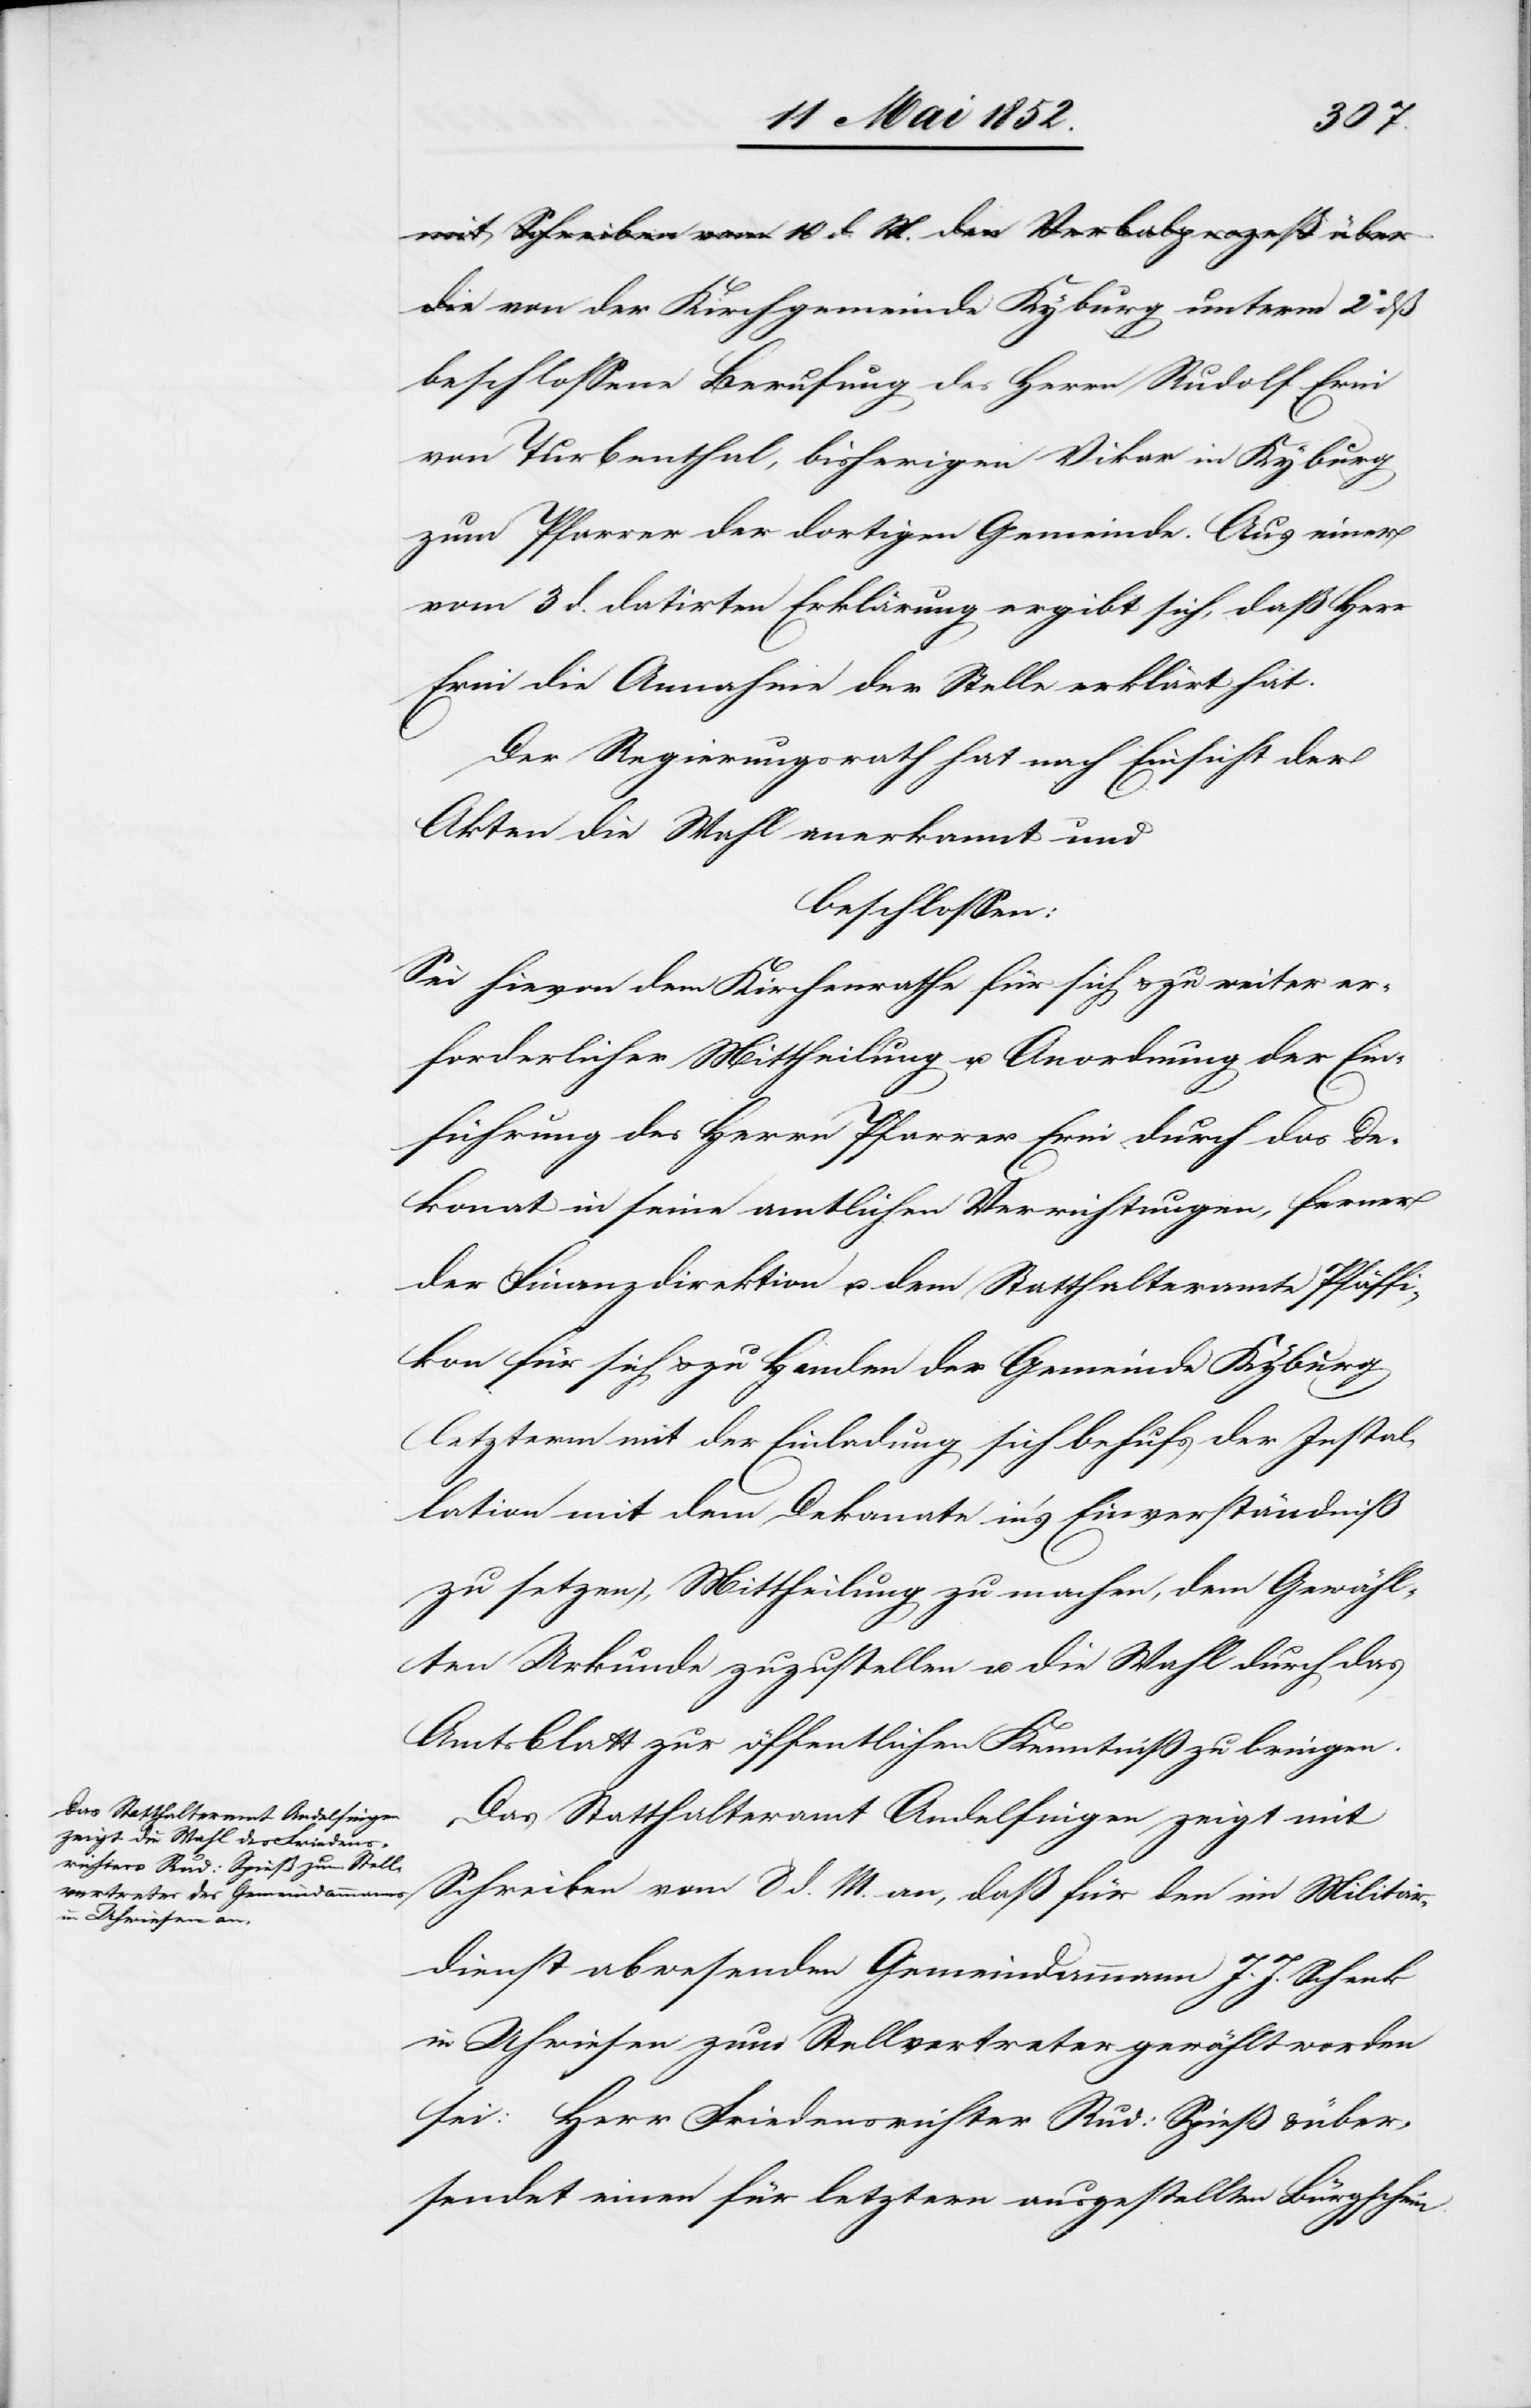
von der Kirchgemeinde Kyburg unterm 2 dß
beschlossene Berufung des Herrn Rudolf Erni
von Turbenthal, bisherigen Vikar in Kyburg
zum Pfarrer der dortigen Gemeinde. Aus einer
vom 3 d. datirten Erklärung ergibt sich, daß Herr
Erni die Annahme der Stelle erklärt hat.
Der Regierungsrath hat nach Einsicht der
Akten die Wahl anerkannt und
beschlossen:
Sei hievon dem Kirchenrathe für sich & zu weiter er¬
forderlicher Mittheilung u. Anordnung der Ein¬
führung des Herrn Pfarrer Erni durch das De¬
konat [sic!] in seine amtlichen Verrichtungen, ferner
der Finanzdirektion u. dem Statthalteramte Pfäffi¬
kon für sich & zu Handen der Gemeinde Kyburg
(letzterm mit der Einladung sich behufs der Instal¬
lation mit dem Dekanate in’s Einverständniß
zu setzen), Mittheilung zu machen, dem Gewähl¬
ten Urkunde zuzustellen u. die Wahl durch das
Amtsblatt zur öffentlichen Kenntniß zu bringen.
Das Statthalteramt Andelfingen zeigt mit
Schreiben vom 8 d. M. an, daß für den im Militär¬
dienst abwesenden Gemeindammann J. J. Schenk
in Uhwiesen zum Stellvertreter gewählt worden
sei: Herr Friedensrichter Rud: Spieß & über¬
sendet einen für letztern ausgestellten Bürgschein